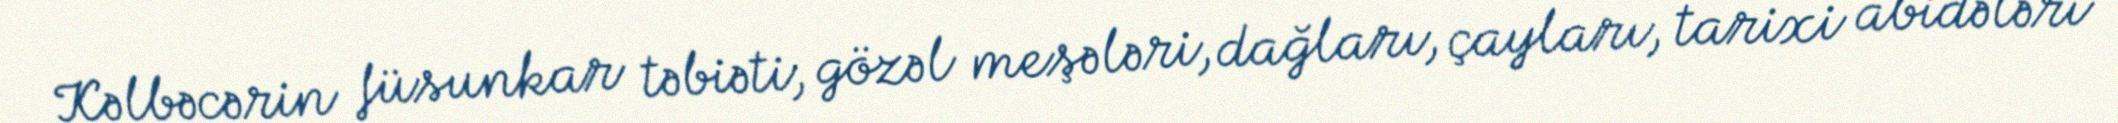
Kəlbəcərin füsunkar təbiəti, gözəl meşələri, dağları, çayları, tarixi abidələri